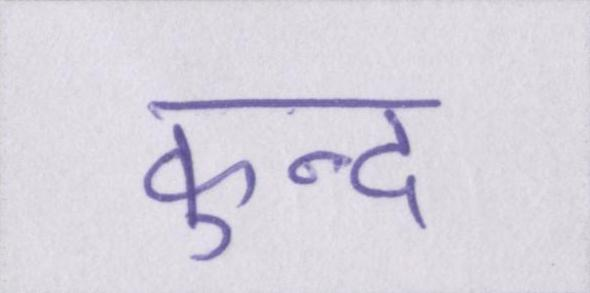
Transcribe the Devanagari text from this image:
कुन्द